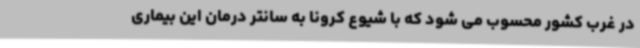
در غرب کشور محسوب می شود که با شیوع کرونا به سانتر درمان این بیماری